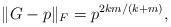
LaTeX: \begin{align*} \|G-p\|_F = p^{2km/(k+m)},\end{align*}